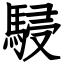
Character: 駸